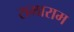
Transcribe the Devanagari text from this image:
रामाराम